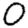
Digit: 0